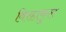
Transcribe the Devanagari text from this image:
विरहाकुल